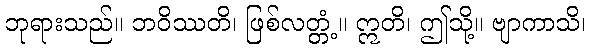
ဘုရားသည်။ ဘဝိဿတိ၊ ဖြစ်လတ္တံ့။ ဣတိ၊ ဤသို့။ ဗျာကာသိ၊